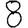
Digit: 8